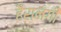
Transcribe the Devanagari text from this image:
हैरानगी